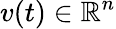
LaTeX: v(t)\in\mathbb R^{n}